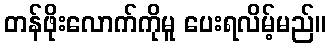
တန်ဖိုးလောက်ကိုမူ ပေးရလိမ့်မည်။